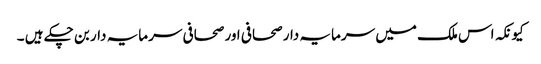
کیونکہ اس ملک میں سرمایہ دار صحافی اور صحافی سرمایہ دار بن چکے ہیں ۔